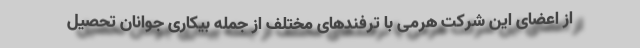
از اعضای این شرکت هرمی با ترفندهای مختلف از جمله بیکاری جوانان تحصیل